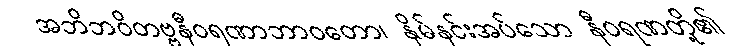
အဘိဘဝိတဗ္ဗနီဝရဏာဘာဝတော၊ နှိမ်နင်းအပ်သော နီဝရဏတို့၏